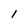
Character: I